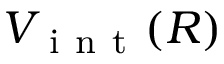
V _ { \mathrm { ~ i ~ n ~ t ~ } } ( R )